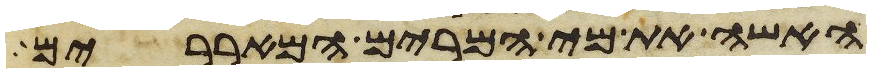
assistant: האשה את מי המרים המאררים